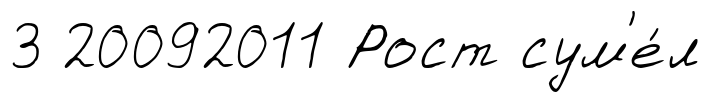
3 20092011 Рост сум'е́л